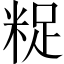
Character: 𮇟